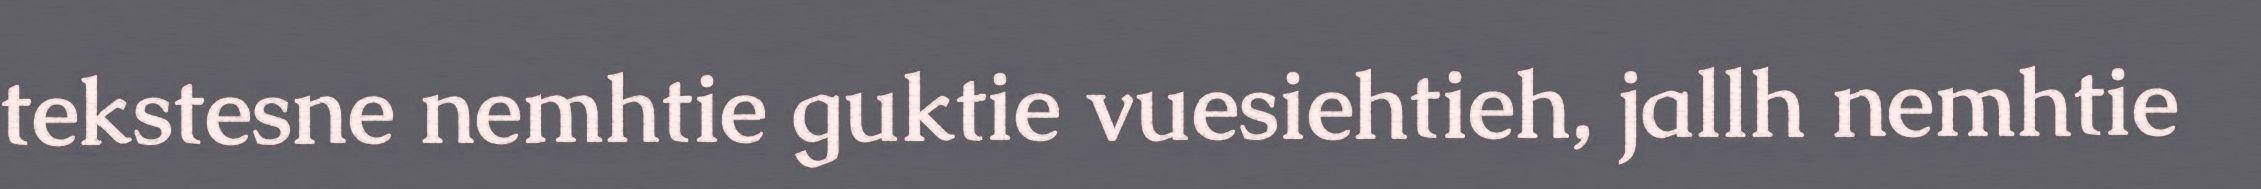
tekstesne nemhtie guktie vuesiehtieh, jallh nemhtie